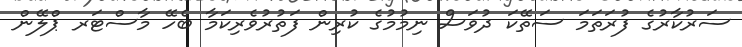
ސަރުކާރުގެ ފުރަތަމަ ސަތޭކަ ދުވަސް ނިމުމުގެ ކުރިން ފަތުރުވެރިކަމާ ބެހޭ މާސްޓަރ ޕްލޭން